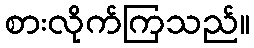
စားလိုက်ကြသည်။